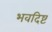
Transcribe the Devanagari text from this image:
भवदिष्टं